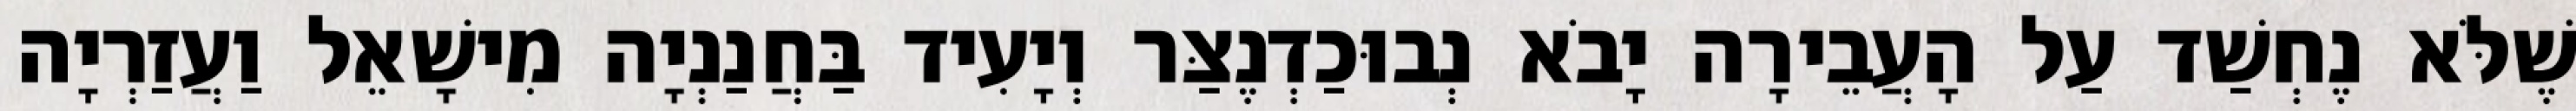
שֶׁלֹּא נֶחְשַׁד עַל הָעֲבֵירָה יָבֹא נְבוּכַדְנֶצַּר וְיָעִיד בַּחֲנַנְיָה מִישָׁאֵל וַעֲזַרְיָה